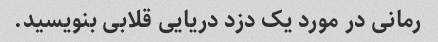
رمانی در مورد یک دزد دریایی قلابی بنویسید.